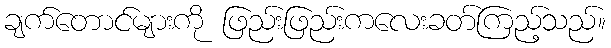
ချက်တောင်များကို ဖြည်းဖြည်းကလေးခတ်ကြည့်သည်။